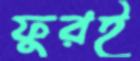
ফুরই